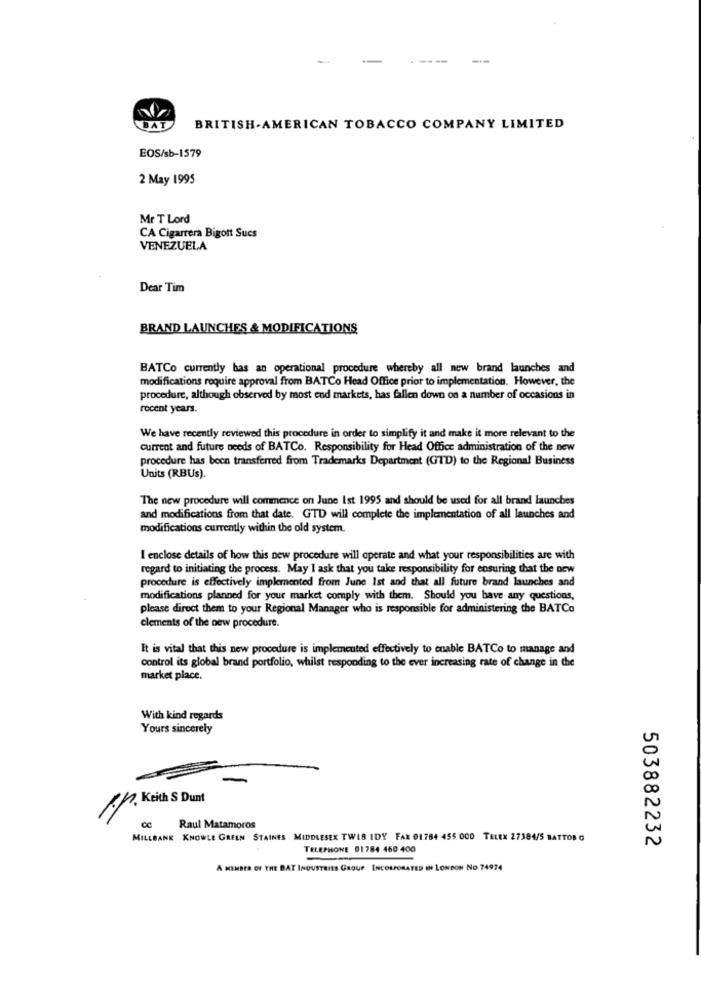
---
--
BRITISH-AMERICAN TOBACCO COMPANY LIMITED
EOS/sb-1579
2 May 1995
Mr T Lord
CA Cigarrera Bigott Sucs
VENEZUELA
Dear Tim
BRAND LAUNCHES & MODIFICATIONS
BATCo currently has an operational procedure whereby all new brand launches and
modifications require approval from BATCo Head Office prior to implementation. However, the
procedure, although observed by most end markets, has fallen down on a number of occasions in
recent years.
We have recently reviewed this procedure in order to simplify it and make it more relevant to the
current and future needs of BATCo. Responsibility for Head Office administration of the new
procedure has been transferred from Trademarks Department (GTD) to the Regional Business
Units (RBUs).
The new procedure will commence on June Ist 1995 and should be used for all brand launches
and modifications from that date. GTD will complete the implementation of all launches and
modifications currently within the old system.
I enclose details of how this new procedure will operate and what your responsibilities are with
regard to initiating the process. May I ask that you take responsibility for ensuring that the new
procedure is effectively implemented from June Ist and that all future brand launches and
modifications planned for your market comply with them. Should you have any questions,
please direct them to your Regional Manager who is responsible for administering the BATCo
elements of the new procedure.
It is vital that this new procedure is implemented effectively to enable BATCo to manage and
control its global brand portfolio, whilst responding to the ever increasing rate of change in the
market place.
With kind regards
Yours sincerely
00
. Keith S Dunt
N
CC
Raul Matamoros
MILLBANK KNOWLE GREEN STAINES MIDDLESEX TWIS IDY FAX 01784 455 000 TELEX 27384/5 BATTOR G
N
503882232
TELEPHONE 01784 460 400
A MEMBER OF THE BAT INDUSTRIES GROUP INCORPORATED IN LONDON NO 74974